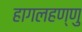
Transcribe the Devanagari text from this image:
हागलहण्णु